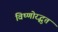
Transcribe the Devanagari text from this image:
विष्णोरद्भुत